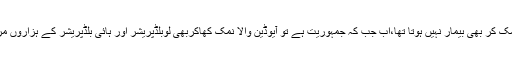
پہلے کوئی ڈلی والانمک کر بھی بیمار نہیں ہوتا تھا،اب جب کہ جمہوریت ہے تو آیوڈین والا نمک کھاکربھی لوبلڈپریشر اور ہائی بلڈپریشر کے ہزاروں مریض گھوم رہے ہیں۔